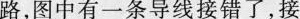
路，图中有一条导线接错了，接